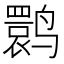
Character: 鹮